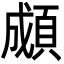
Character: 䫆